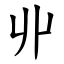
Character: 丱